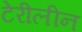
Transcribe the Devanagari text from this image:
टेरीलीन